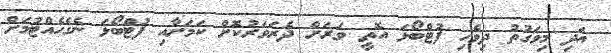
އަދި މިވަގުތު ދިވެހި ފުޓްބޯޅަ އޮތީ ވަރަށް ދެރަވަރުކޮށް ކަމަށާއި ފުޓްބޯޅަ ނެގެހެއްޓުމަށް